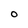
Character: O